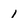
Character: I